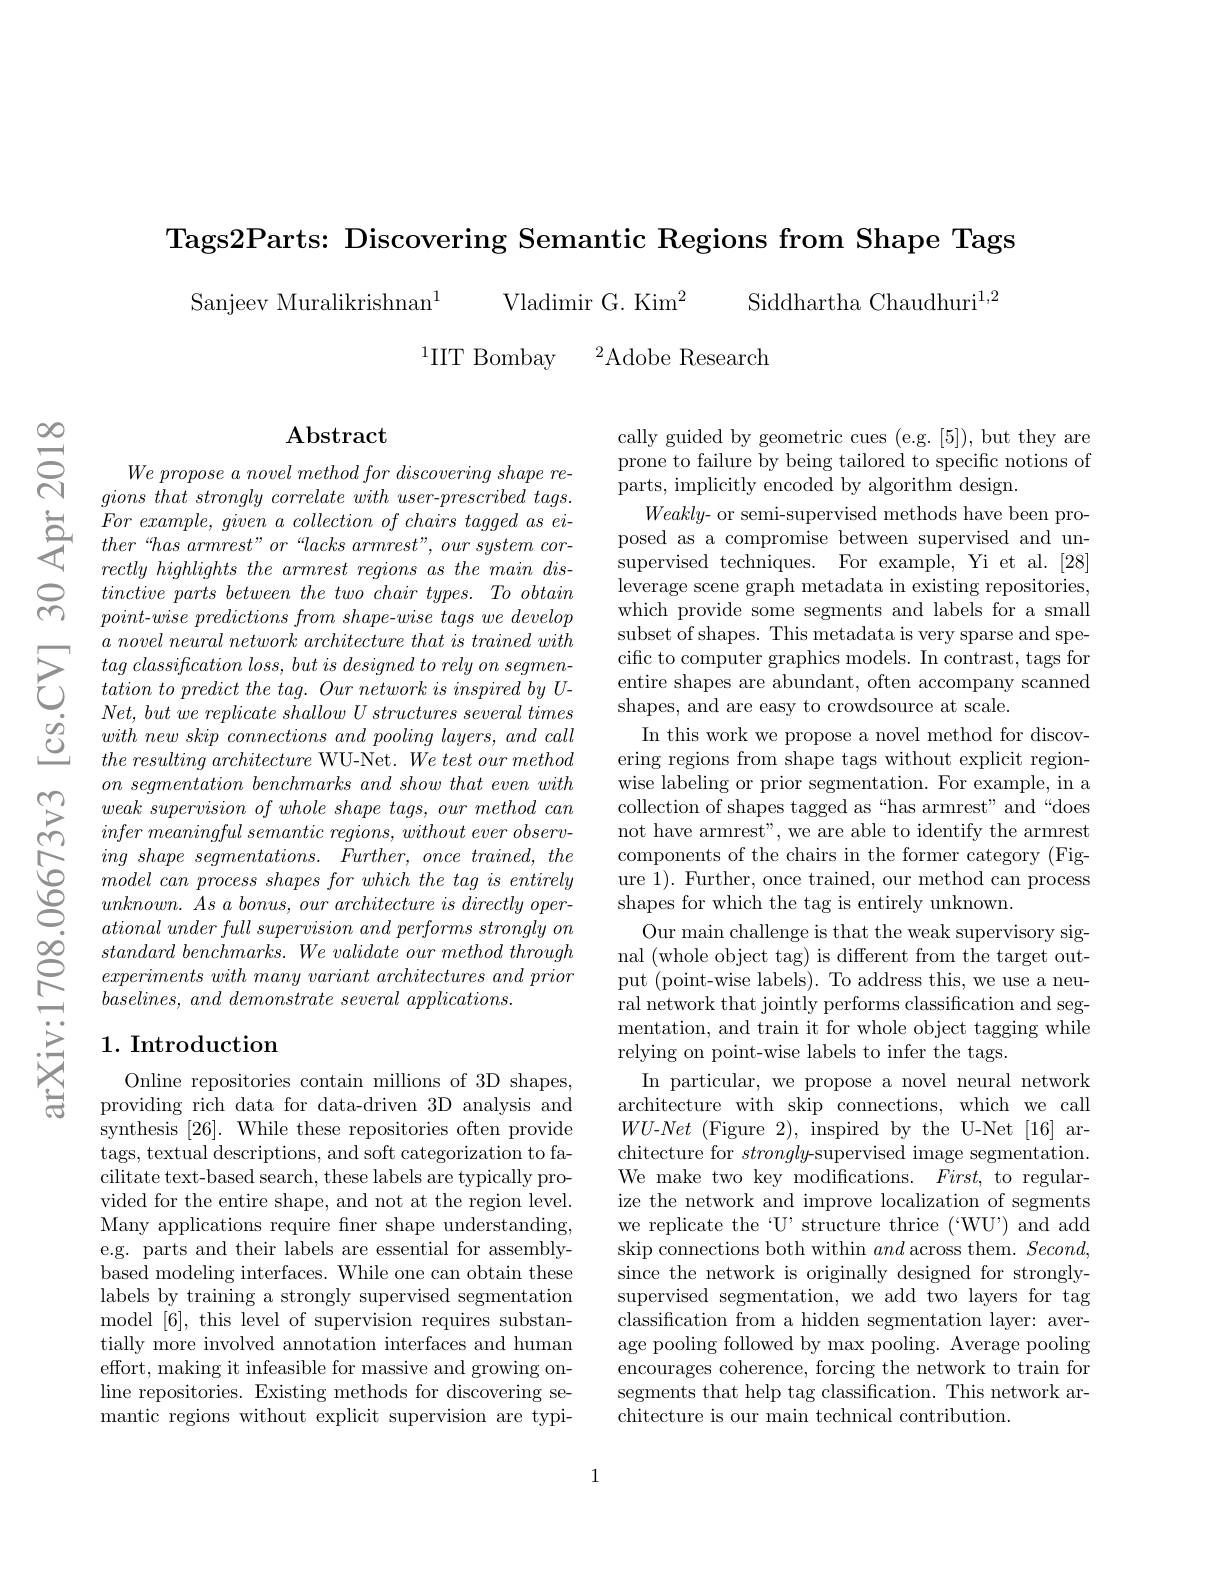
$స్లి$

$लू$

Tags2Parts: Discovering Semantic Regions from Shape Tags

Vladimir G. Kim$^2$

Sanjeev Muralikrishnan$^{1}$

Siddhartha Chaudhuri$^{1,2}$

$^{1}$IIT Bombay
${}^{2}$Adobe Research

### $\mathbf{Abstract}$

$We\textit{ propose a novel method for discovering shape re- }$ $gions\textit{ that strongly correlate with user- prescribed tags. }$
$\begin{array}{lll}{For~example,~given~a~collection~of~chairs~tagged~as~ei-}\\{\text{之}}&{ther~`has~armrest"or~`lacks~armrest",~our~system~cor-}\\{rectly~highlights~the~armrest~regions~as~the~main~dis-}\end{array}$
tinctive parts between the two chair types. To obtain $point- wise\textit{ predictions from shape- wise tags we develop}$ $a\textit{ novel neural network architecture that is trained with}$
$\begin{array}{lll}{&Net,but\:we\:replicate\:shallow\:U\:structures\:several\:times\\{\textcircled{0}}}&{with\:new\:skip\:connections\:and\:pooling\:layers,\:and\:call\\{\textcircled{0}}}&{the\:resulting\:architecture\:\mathrm{WU-Net.~}We\:test\:our\:method}\end{array}$
$on\textit{ segmentation benchmarks and show that even with}$ weak supervision of whole shape tags, our method can infer meaningful semantic $regions$, without ever $observ-$ ing shape $segmentations.$ $Further$, once $trained$, the $model\textit{ can process shapes for which the tag is entirely}$ $unknown.$ $As$ $a$ $bonus$, our architecture $is$ directly $oper-$ ational under full supervision and performs strongly $on$ standard $benchmarks.$ $We$ validate our method through experiments with many variant architectures and prior $baselines$, and demonstrate several $applications.$

cally guided by geometric cues (e.g. [5]), but they are prone to failure by being tailored to specific notions of parts, implicitly encoded by algorithm design.
Weakly- or semi-supervised methods have been proposed as a compromise between supervised and unsupervised techniques. For example, Yi et al.[28] leverage scene graph metadata in existing repositories, which provide some segments and labels for a small subset of shapes. This metadata is very sparse and spe-
In this work we propose a novel method for discovering regions from shape tags without explicit regionwise labeling or prior segmentation. For example, in a collection of shapes tagged as“has armrest”and“does not have armrest", we are able to identify the armrest components of the chairs in the former category (Figure 1). Further, once trained, our method can process shapes for which the tag is entirely unknown.
Our main challenge is that the weak supervisory signal (whole object tag) is different from the target output (point-wise labels). To address this, we use a neural network that jointly performs classification and segmentation, and train it for whole object tagging while relying on point-wise labels to infer the tags.
In particular, we propose a novel neural network architecture with skip connections, which we call $WU$-Net (Figure 2), inspired by the U-Net [16] architecture for strongly-supervised image segmentation. We make two key modifications. $First$, to regularize the network and improve localization of segments we replicate the ‘U’structure thrice (“WU”) and add skip connections both within and across them. $Second$, since the network is originally designed for stronglysupervised segmentation, we add two layers for tag classification from a hidden segmentation layer: average pooling followed by max pooling. Average pooling encourages coherence, forcing the network to train for segments that help tag classification. This network architecture is our main technical contribution.

## 1. Introduction

Online repositories contain millions of 3D shapes, providing rich data for data-driven 3D analysis and synthesis [26]. While these repositories often provide tags, textual descriptions, and soft categorization to facilitate text-based search, these labels are typically provided for the entire shape, and not at the region level. Many applications require fner shape understanding, e.g. parts and their labels are essential for assemblybased modeling interfaces. While one can obtain these labels by training a strongly supervised segmentation model [6], this level of supervision requires substantially more involved annotation interfaces and human effort, making it infeasible for massive and growing online repositories. Existing methods for discovering semantic regions without explicit supervision are typi-

1